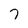
Character: 7